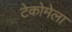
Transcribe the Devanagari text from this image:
टेकोमेला